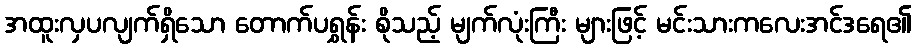
အထူးလှပလျက်ရှိသော တောက်ပရွှန်း စိုသည့် မျက်လုံးကြီး များဖြင့် မင်းသားကလေးအင်ဒရေ၏